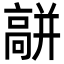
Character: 𩫑